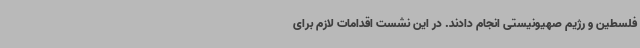
فلسطین و رژیم صهیونیستی انجام دادند. در این نشست اقدامات لازم برای